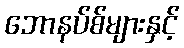
ဘောနပ်စ်များနှင့်